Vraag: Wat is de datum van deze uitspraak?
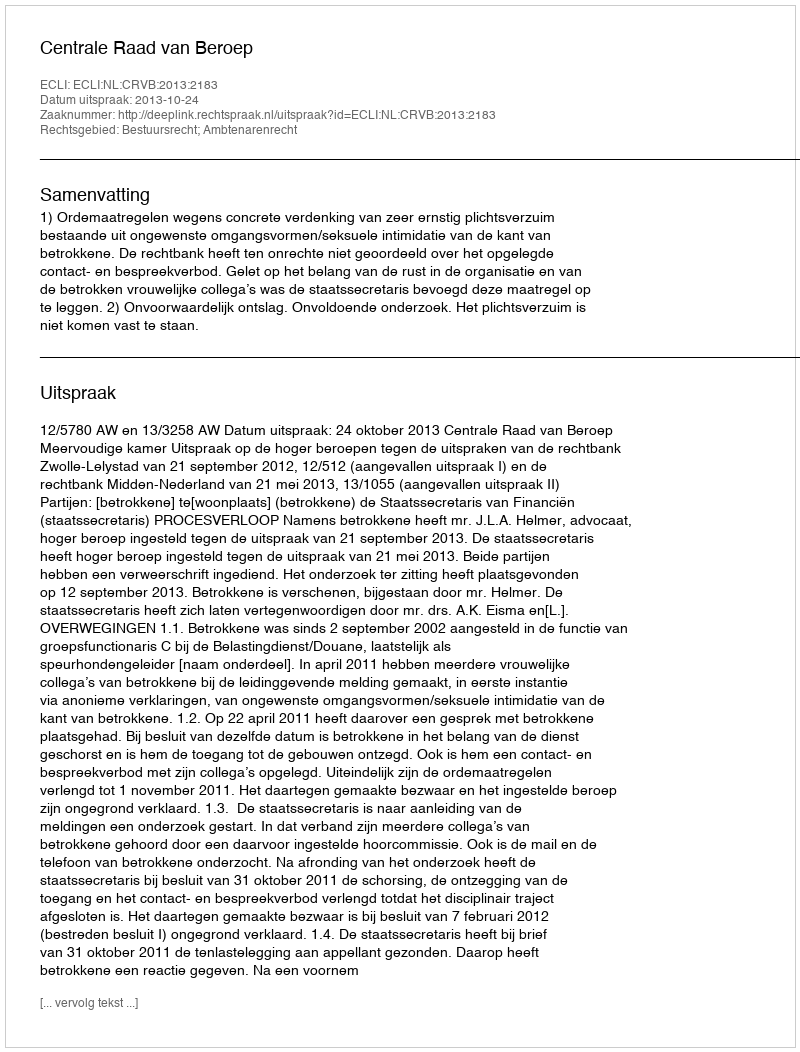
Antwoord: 2013-10-24